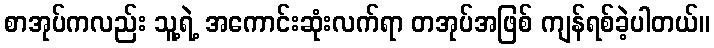
စာအုပ်ကလည်း သူ့ရဲ့ အကောင်းဆုံးလက်ရာ တအုပ်အဖြစ် ကျန်ရစ်ခဲ့ပါတယ်။